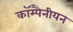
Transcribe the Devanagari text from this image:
कॉम्पैनीयन